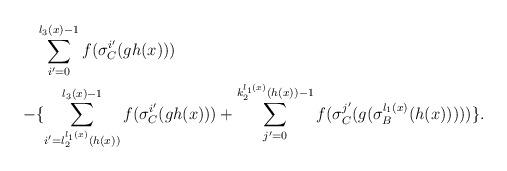
LaTeX: \begin{align*}& \sum_{i'=0}^{l_3(x)-1} f(\sigma_C^{i'}(gh(x))) \\-& \{ \sum_{i'=l_2^{l_1(x)}(h(x))}^{l_3(x)-1} f(\sigma_C^{i'}(gh(x))) + \sum_{j'=0}^{k_2^{l_1(x)}(h(x))-1} f(\sigma_C^{j'}(g(\sigma_B^{l_1(x)}(h(x))))) \}. \end{align*}